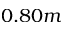
0 . 8 0 m